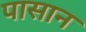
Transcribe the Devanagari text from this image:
पासान